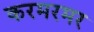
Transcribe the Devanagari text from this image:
करमरमर